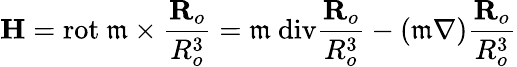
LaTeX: \textbf{H}=\textrm{rot}\ \mathfrak{m}\times\frac{\textbf{R}_{o}}{R_{o}^{3}}=\mathfrak{m}\ \textrm{div}\frac{\textbf{R}_{o}}{R_{o}^{3}}-(\mathfrak{m}\nabla)\frac{\textbf{R}_{o}}{R_{o}^{3}}